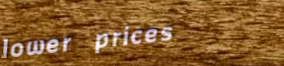
lower prices